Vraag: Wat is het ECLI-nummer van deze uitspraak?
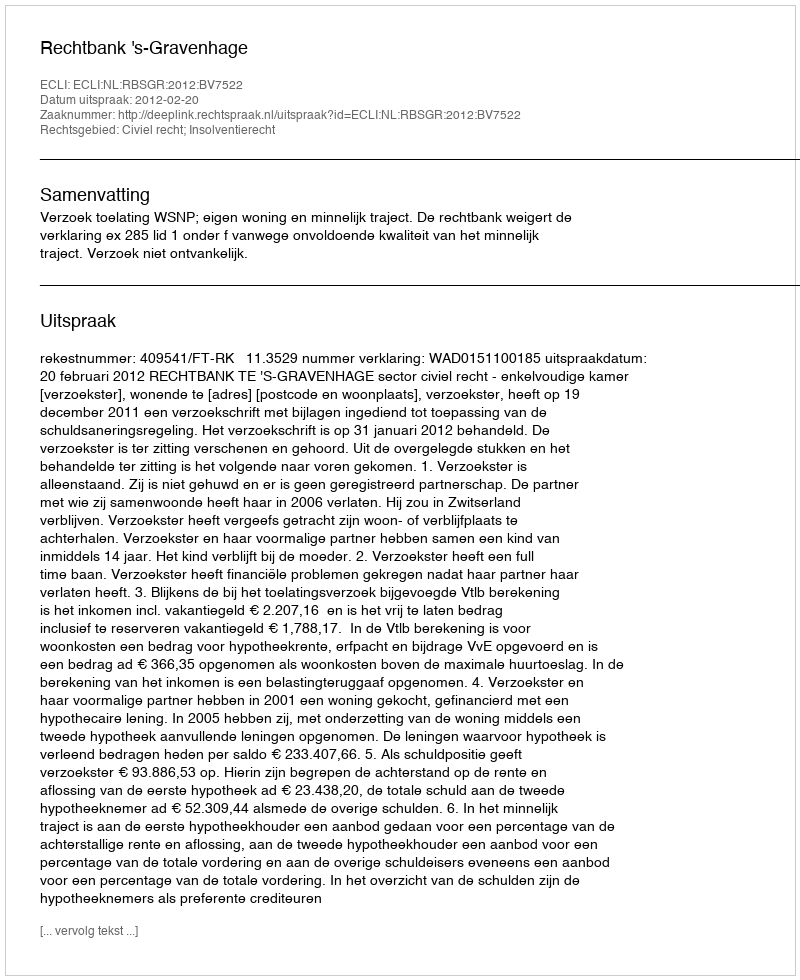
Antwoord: ECLI:NL:RBSGR:2012:BV7522